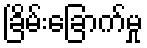
ခြိမ်းခြောက်မှု